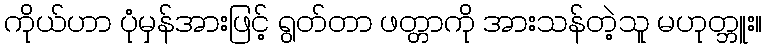
ကိုယ်ဟာ ပုံမှန်အားဖြင့် ရွတ်တာ ဖတ္တာကို အားသန်တဲ့သူ မဟုတ္ဘူး။